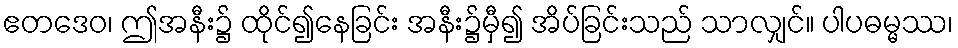
ဧတဒေဝ၊ ဤအနီး၌ ထိုင်၍နေခြင်း အနီး၌မှီ၍ အိပ်ခြင်းသည် သာလျှင်။ ပါပဓမ္မဿ၊